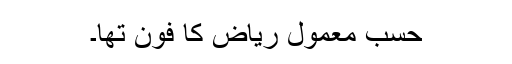
حسبِ معمول ریاض کا فون تھا۔